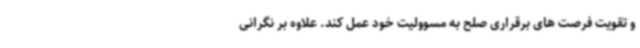
و تقویت فرصت های برقراری صلح به مسوولیت خود عمل کند. علاوه بر نگرانی